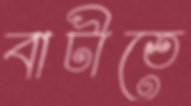
বাটীতে